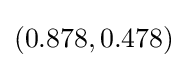
(0.878,0.478)